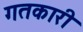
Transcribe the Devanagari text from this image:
गतकारी